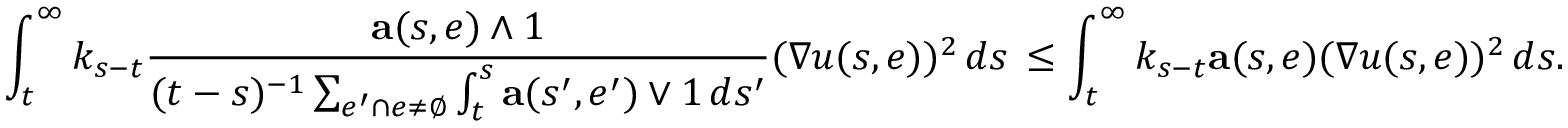
\int _ { t } ^ { \infty } k _ { s - t } \frac { \mathbf { a } ( s , e ) \wedge 1 } { ( t - s ) ^ { - 1 } \sum _ { e ^ { \prime } \cap e \neq \emptyset } \int _ { t } ^ { s } \mathbf { a } ( s ^ { \prime } , e ^ { \prime } ) \vee 1 \, d s ^ { \prime } } ( \nabla u ( s , e ) ) ^ { 2 } \, d s \, \leq \int _ { t } ^ { \infty } k _ { s - t } \mathbf { a } ( s , e ) ( \nabla u ( s , e ) ) ^ { 2 } \, d s .